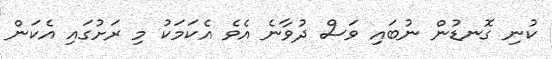
ކުނި ގޮނޑުން ނުބައި ވަސް ދުވާނެ އެވެ އެކަމަކު މި ރަށުގައި އެކަން